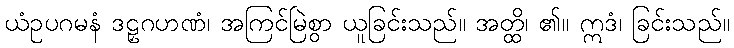
ယံဥပဂမနံ ဒဠှဂဟဏံ၊ အကြင်မြဲစွာ ယူခြင်းသည်။ အတ္ထိ၊ ၏။ ဣဒံ၊ ခြင်းသည်။